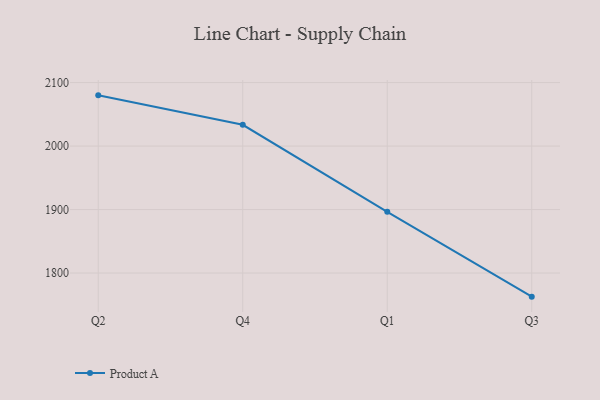
{"axis": {"x": "Quarter", "y": "Bounce Rate (%)"}, "legend": ["Product A"], "data": [{"x": "Q2", "y": 2079.9, "type": "Product A"}, {"x": "Q4", "y": 2033.5, "type": "Product A"}, {"x": "Q1", "y": 1896.5, "type": "Product A"}, {"x": "Q3", "y": 1762.8, "type": "Product A"}]}